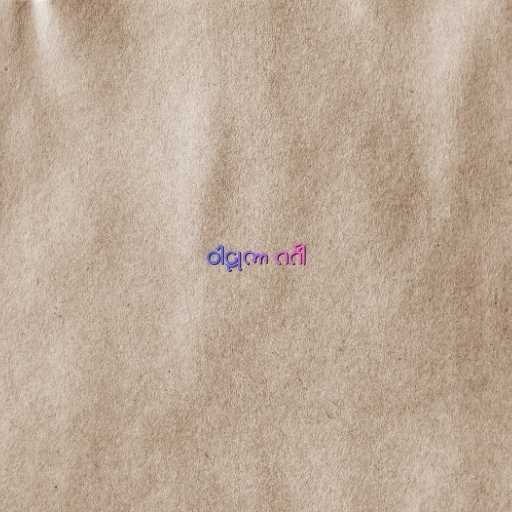
ဝါဠုကာ ဂင်္ဂါ